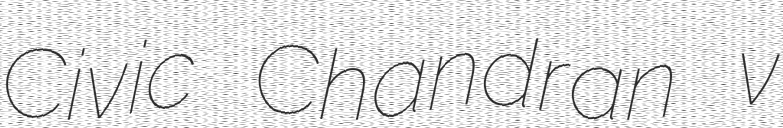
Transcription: Civic Chandran v